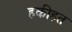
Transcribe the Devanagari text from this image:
हकीहत